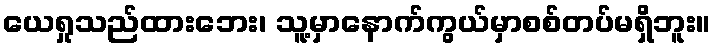
ယေရှုသည်ထားဘေး၊ သူ့မှာနောက်ကွယ်မှာစစ်တပ်မရှိဘူး။